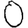
Digit: 0